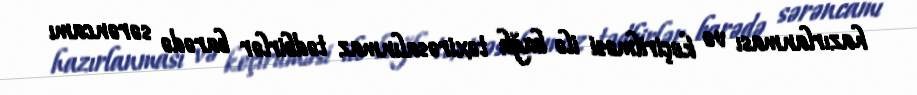
hazırlanması və keçirilməsi ilə bağlı təxirəsalınmaz tədbirlər barədə sərəncamı